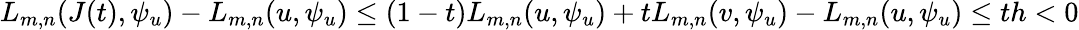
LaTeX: \begin{array}{r}{L_{m,n}(J(t),\psi_{u})-L_{m,n}(u,\psi_{u})\leq(1-t)L_{m,n}(u,\psi_{u})+tL_{m,n}(v,\psi_{u})-L_{m,n}(u,\psi_{u})\leq th<0}\end{array}